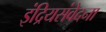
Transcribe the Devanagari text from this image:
इंद्रियसंवेदना